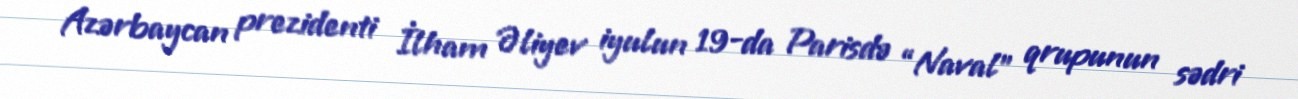
Azərbaycan prezidenti İlham Əliyev iyulun 19-da Parisdə “Naval” qrupunun sədri